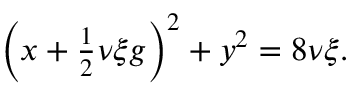
\begin{array} { r } { \left( x + \frac { 1 } { 2 } \nu \xi g \right) ^ { 2 } + y ^ { 2 } = 8 \nu \xi . } \end{array}